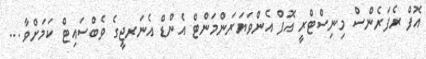
އޮފް ރެފަރެންސް މިނިސްޓްރީ އޮފް އެންވަޔަރަންމަންޓް އެންޑް އެނަރޖީގެ ވެބްސައިޓް ކަމަށްވާ ...